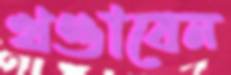
খণ্ডাবেন